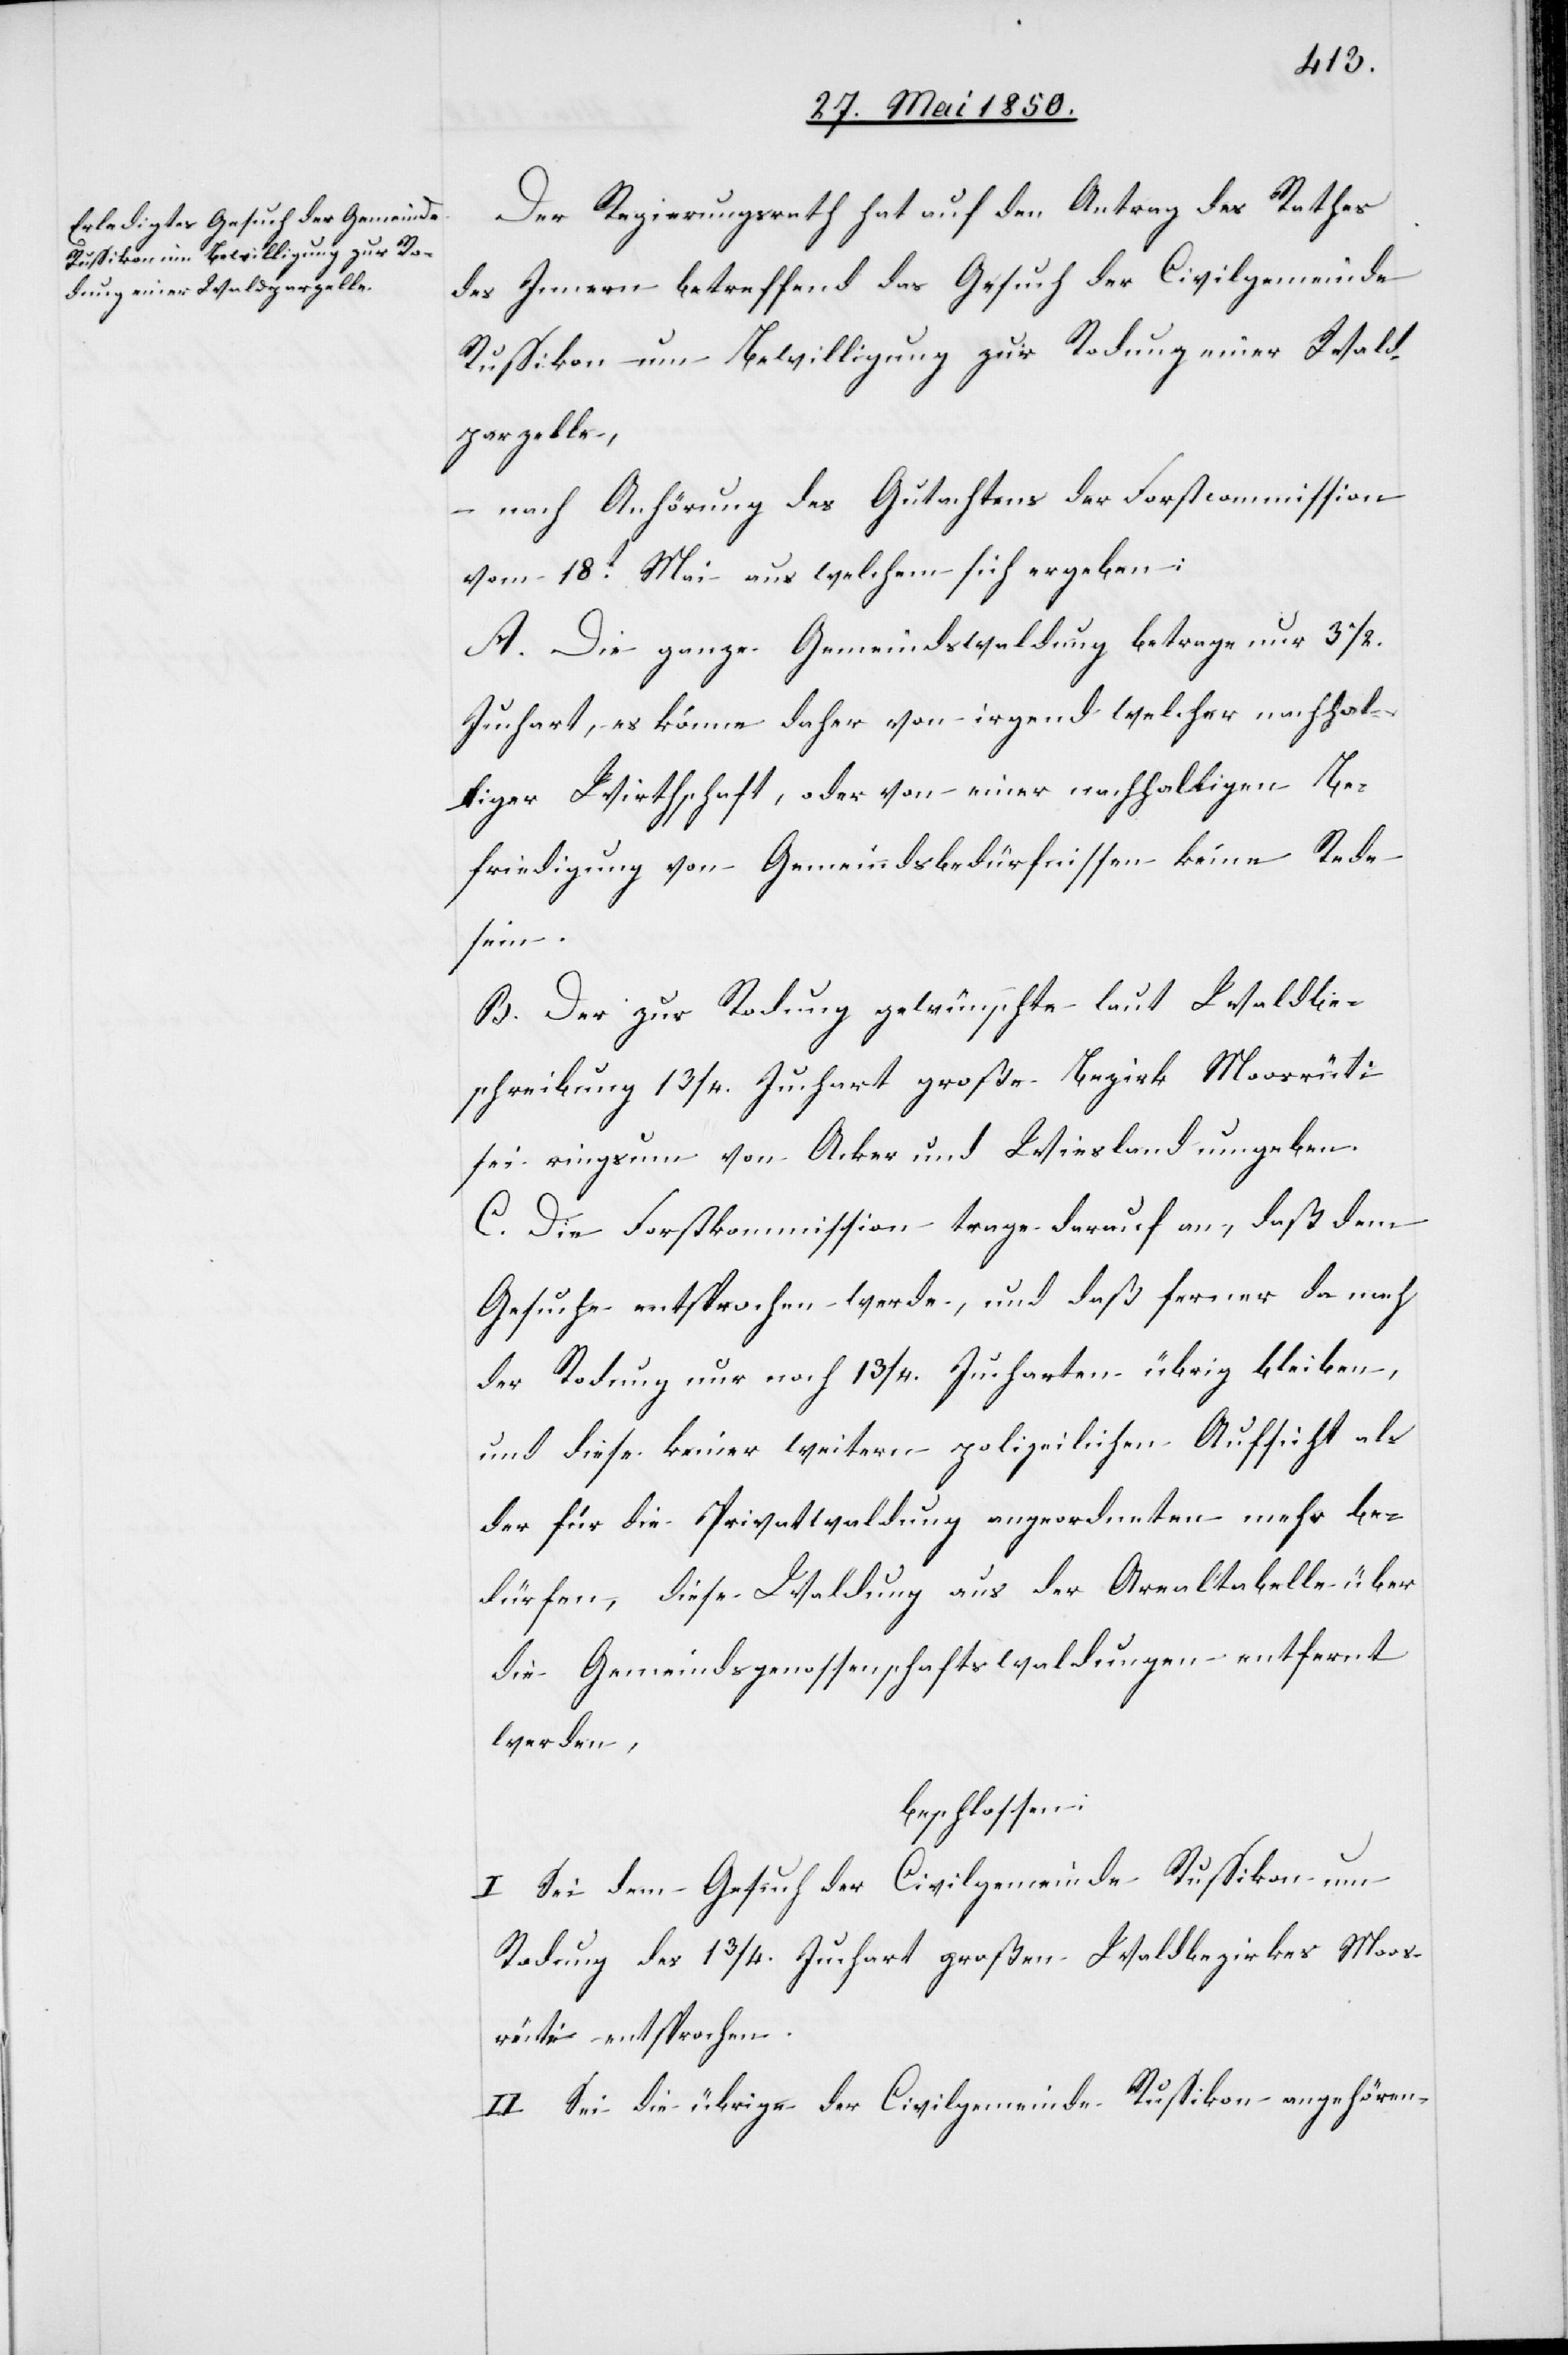
Der Regierungsrath hat auf den Antrag des Rathes
des Innern betreffend das Gesuch der Civilgemeinde
Russikon um Bewilligung zur Rodung einer Wald¬
parzelle,
– nach Anhörung des Gutachtens der Forstcommission
vom 18t Mai aus welchem sich ergeben:
A. Die ganze Gemeindswaldung betrage nur 3 1/2.
Juchart, es könne daher von irgend welcher nachhal¬
tiger Wirthschaft, oder von einer nachhaltigen Be¬
friedigung von Gemeindsbedürfnissen keine Rede
sein.
B. Der zur Rodung gewünschte laut Waldbe¬
schreibung 1 3/4. Juchart große Bezirk Moosrüti
sei ringsum von Acker und Wiesland umgeben.
C. Die Forstkommission trage darauf an, daß dem
Gesuche entsprochen werde, und daß ferner da nach
der Rodung nur noch 1 3/4. Jucharten übrig bleiben,
und diese keiner weitern polizeilichen Aufsicht als
der für die Privatwaldung angeordneten mehr be¬
dürfen, diese Waldung aus der Arealtabelle über
die Gemeindsgenossenschaftswaldungen entfernt
werden,
beschlossen:
I Sei dem Gesuch der Civilgemeinde Russikon um
Rodung des 1 3/4. Juchart großen Waldbezirkes Moos¬
reuti entsprochen.
II Sei die übrige der Civilgemeinde Russikon anghören-